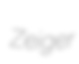
Zeiger